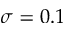
\sigma = 0 . 1